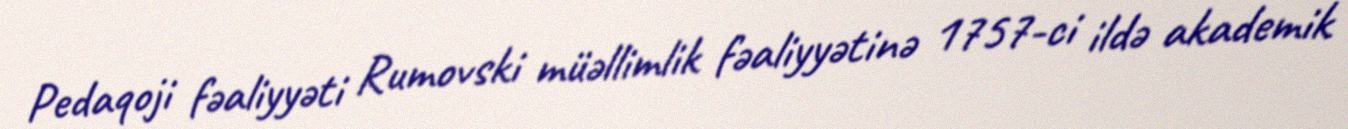
Pedaqoji fəaliyyəti Rumovski müəllimlik fəaliyyətinə 1757-ci ildə akademik